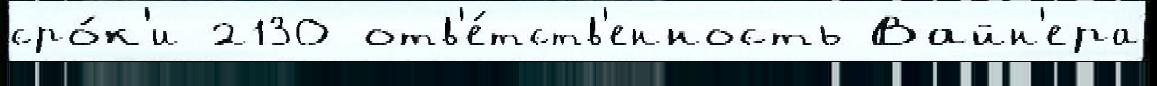
сро́к'и 2130 отв'е́тств'енность Вайн'ера